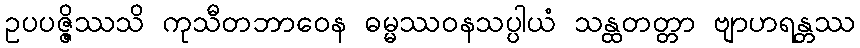
ဥပပဇ္ဇိဿသိ ကုသီတဘာဝေန ဓမ္မဿဝနသပ္ပါယံ သန္ထတတ္တာ ဗျာဟရန္တဿ